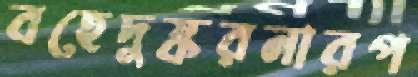
বহেদুষ্করনারপ